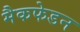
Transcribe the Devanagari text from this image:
मैकफेडन